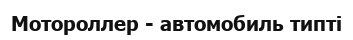
Мотороллер - автомобиль типті